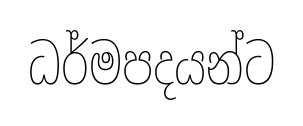
ධර්මපදයන්ට